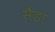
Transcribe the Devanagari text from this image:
सैंडा